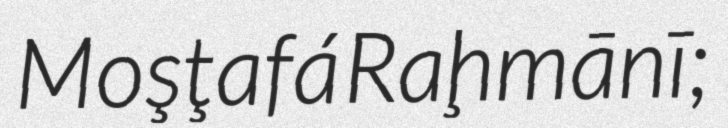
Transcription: Moşţafá Raḩmānī;